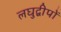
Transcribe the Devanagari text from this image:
लघुद्वीपों